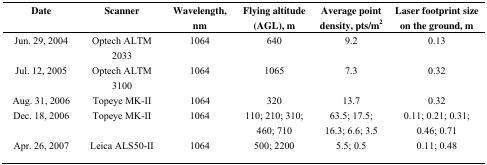
| Date | Scanner | Wavelength, nm | Flying altitude (AGL), m | Average point density, pts/m2 | Laser footprint size on the ground, m |
 | --- | --- | --- | --- | --- | --- |
 | Jun. 29, 2004 | Optech ALTM 2033 | 1064 | 640 | 9.2 | 0.13 |
 | Jul. 12, 2005 | Optech ALTM 3100 | 1064 | 1065 | 7.3 | 0.32 |
 | Aug. 31, 2006 | Topeye MK-II | 1064 | 320 | 13.7 | 0.32 |
 | Dec. 18, 2006 | Topeye MK-II | 1064 | 110; 210; 310; 460; 710 | 63.5; 17.5; 16.3; 6.6; 3.5 | 0.11; 0.21; 0.31; 0.46; 0.71 |
 | Apr. 26, 2007 | Leica ALS50-II | 1064 | 500; 2200 | 5.5; 0.5 | 0.11; 0.48 |